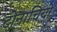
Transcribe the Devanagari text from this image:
टोनाचियो